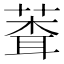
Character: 𬝞